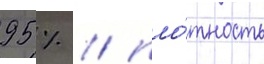
95 % / пло́тность